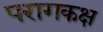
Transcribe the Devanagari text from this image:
परागकक्ष